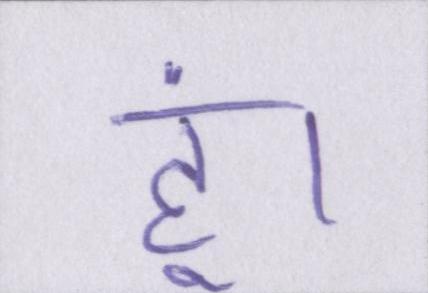
हूं।